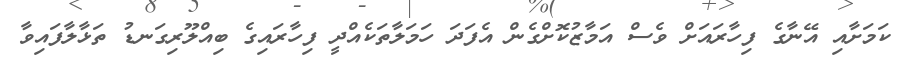
ކަމަށާއި އޭނާގެ ފިހާރައަށް ވެސް އަމާޒުކޮށްގެން އެފަދަ ހަމަލާތަކެއްދީ ފިހާރައިގެ ބިއްލޫރިގަނޑު ތަޅާލާފައިވާ